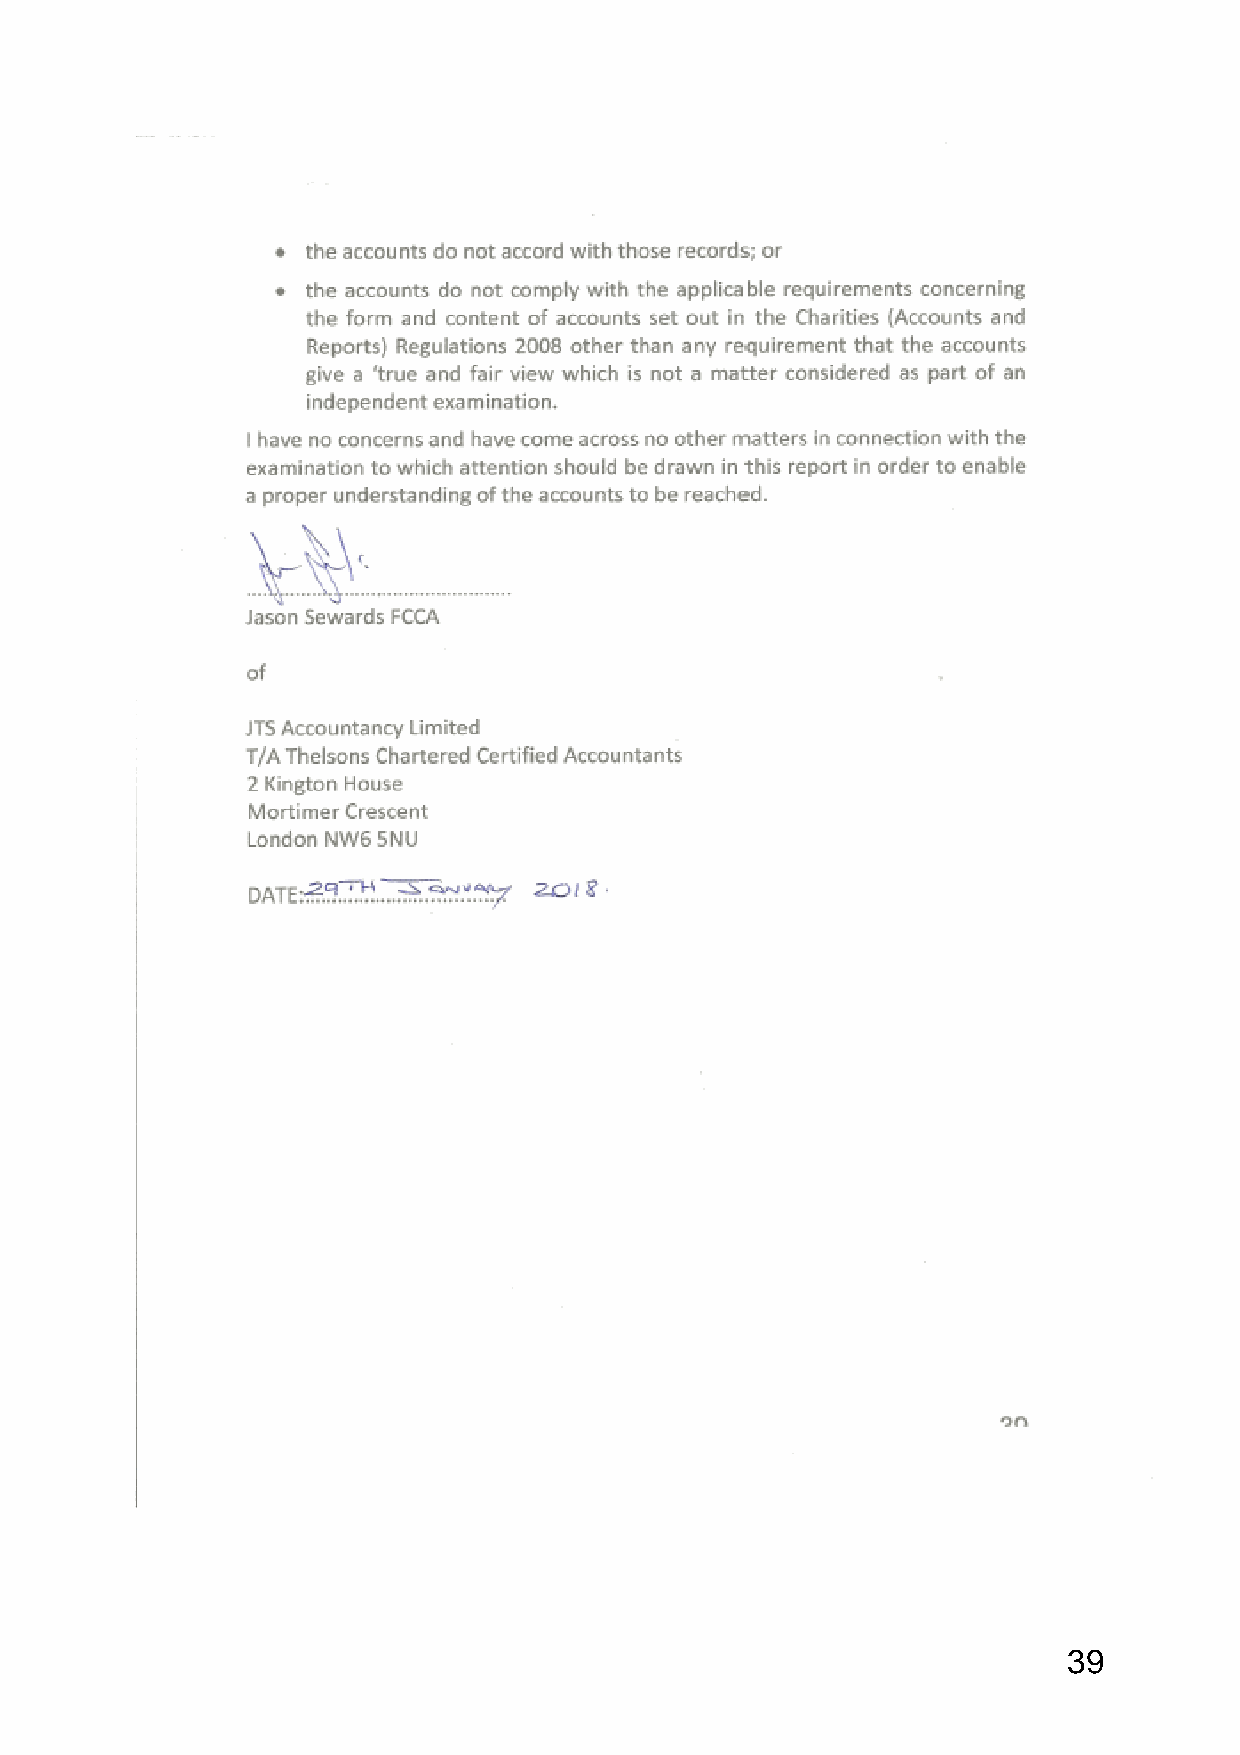
39